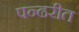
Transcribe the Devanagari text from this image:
पन्ढरीत